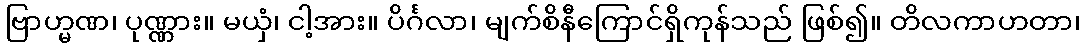
ဗြာဟ္မဏ၊ ပုဏ္ဏား။ မယှံ၊ ငါ့အား။ ပိင်္ဂလာ၊ မျက်စိနီကြောင်ရှိကုန်သည် ဖြစ်၍။ တိလကာဟတာ၊